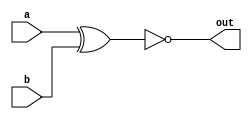
module top_module( 
    input a, 
    input b, 
    output out 
);
    // XNOR logic: out is the negation of the XOR of a and b
    assign out = ~(a ^ b);
endmodule